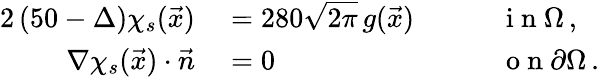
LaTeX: \begin{array}{rlrl}{{2}\left(50-\Delta\right)\chi_{s}(\vec{x})}&{{}=280\sqrt{2\pi}\, g(\vec{x})\quad}&{}&{{}\mathrm{~i~n~}\Omega\, ,}\\ {\nabla\chi_{s}(\vec{x})\cdot\vec{n}}&{{}=0\quad}&{}&{{}\mathrm{~o~n~}\partial\Omega\, .}\end{array}